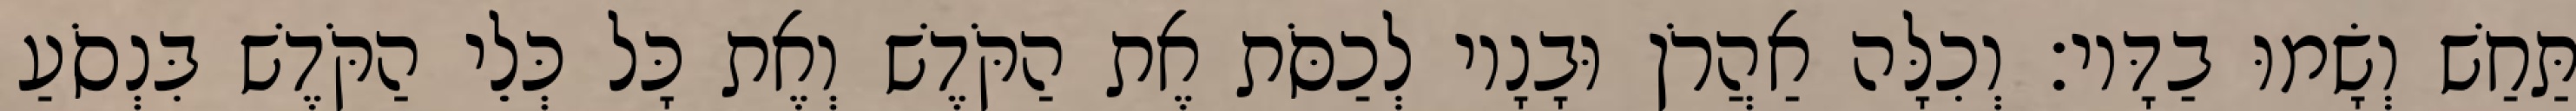
תַּחַשׁ וְשָׂמוּ בַדָּיו׃ וְכִלָּה אַהֲרֹן וּבָנָיו לְכַסֹּת אֶת הַקֹּדֶשׁ וְאֶת כָּל כְּלֵי הַקֹּדֶשׁ בִּנְסֹעַ